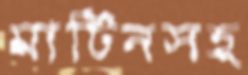
মার্টিনসহ